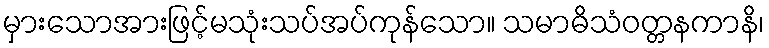
မှားသောအားဖြင့်မသုံးသပ်အပ်ကုန်သော။ သမာဓိသံဝတ္တနကာနိ၊